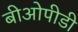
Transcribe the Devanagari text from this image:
बीओपीडी